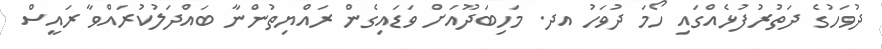
ދުވަހުގެ ދަތުރުފުޅެއްގައި ހޯމަ ދުވަހު އދ. މަހިބަދޫއަށް ވަޑައިގެން ރައްޔިތުންނާ ބައްދަލުކުރައްވާ ރައީސް